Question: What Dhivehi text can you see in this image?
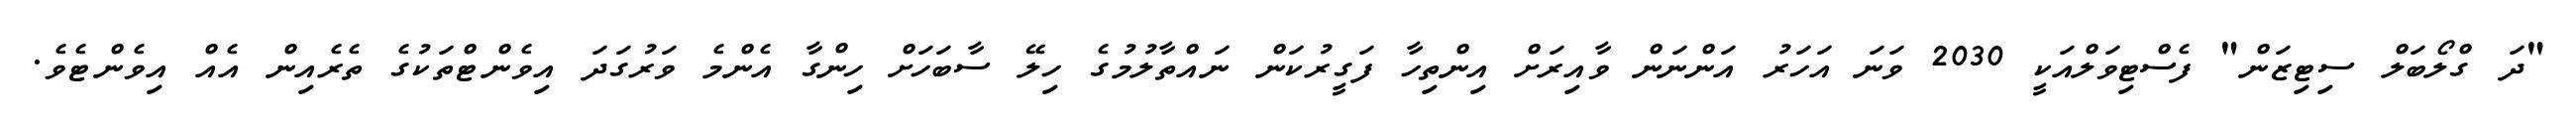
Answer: "ދަ ގްލޯބަލް ސިޓިޒަން" ފެސްޓިވަލްއަކީ 2030 ވަނަ އަހަރު އަންނަން ވާއިރަށް އިންތިހާ ފަގީރުކަން ނައްތާލުމުގެ ހިލޭ ސާބަހަށް ހިންގާ އެންމެ ވަރުގަދަ އިވެންޓްތަކުގެ ތެރެއިން އެއް އިވެންޓެވެ.